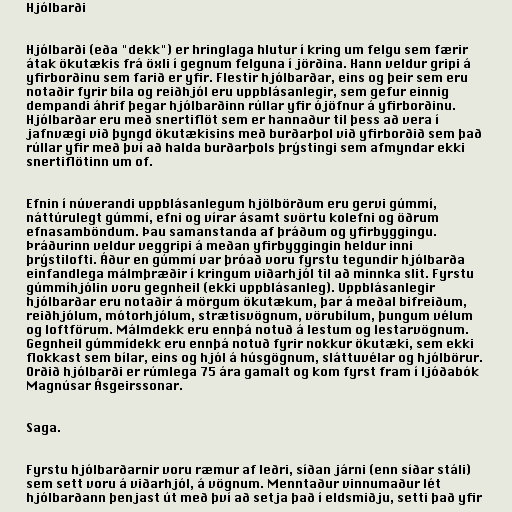
Hjólbarði

Hjólbarði (eða "dekk") er hringlaga hlutur í kring um felgu sem færir
átak ökutækis frá öxli í gegnum felguna í jörðina. Hann veldur gripi á
yfirborðinu sem farið er yfir. Flestir hjólbarðar, eins og þeir sem eru
notaðir fyrir bíla og reiðhjól eru uppblásanlegir, sem gefur einnig
dempandi áhrif þegar hjólbarðinn rúllar yfir ójöfnur á yfirborðinu.
Hjólbarðar eru með snertiflöt sem er hannaður til þess að vera í
jafnvægi við þyngd ökutækisins með burðarþol við yfirborðið sem það
rúllar yfir með því að halda burðarþols þrýstingi sem afmyndar ekki
snertiflötinn um of.

Efnin í núverandi uppblásanlegum hjölbörðum eru gervi gúmmí,
náttúrulegt gúmmí, efni og vírar ásamt svörtu kolefni og öðrum
efnasamböndum. Þau samanstanda af þráðum og yfirbyggingu.
Þráðurinn veldur veggripi á meðan yfirbyggingin heldur inni
þrýstilofti. Áður en gúmmí var þróað voru fyrstu tegundir hjólbarða
einfandlega málmþræðir í kringum viðarhjól til að minnka slit. Fyrstu
gúmmíhjólin voru gegnheil (ekki uppblásanleg). Uppblásanlegir
hjólbarðar eru notaðir á mörgum ökutækum, þar á meðal bifreiðum,
reiðhjólum, mótorhjólum, strætisvögnum, vörubílum, þungum vélum
og loftförum. Málmdekk eru ennþá notuð á lestum og lestarvögnum.
Gegnheil gúmmídekk eru ennþá notuð fyrir nokkur ökutæki, sem ekki
flokkast sem bílar, eins og hjól á húsgögnum, sláttuvélar og hjólbörur.
Orðið hjólbarði er rúmlega 75 ára gamalt og kom fyrst fram í ljóðabók
Magnúsar Ásgeirssonar.

Saga.

Fyrstu hjólbarðarnir voru ræmur af leðri, síðan járni (enn síðar stáli)
sem sett voru á viðarhjól, á vögnum. Menntaður vinnumaður lét
hjólbarðann þenjast út með því að setja það í eldsmiðju, setti það yfir